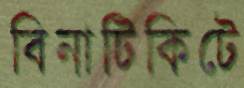
বিনাটিকিটে